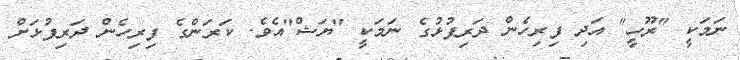
ނަމަކީ "ރޫހީ" އަދި ފިރިހެން ދަރިފުޅުގެ ނަމަކީ "ޔަޝް"އެވެ. ކަރަންގެ ފިރިހެން ދަރިފުޅަށް